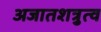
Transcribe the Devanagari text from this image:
अजातशत्रुत्व